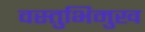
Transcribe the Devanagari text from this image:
वस्तुभिमुख